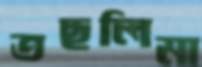
তছলিমা